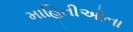
માહિતીઓના